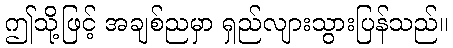
ဤသို့ဖြင့် အချစ်ညမှာ ရှည်လျားသွားပြန်သည်။